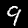
Label: 9